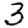
Digit: 3